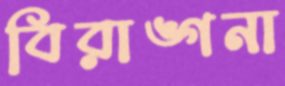
বিরাঙ্গনা